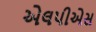
એલપીએસ